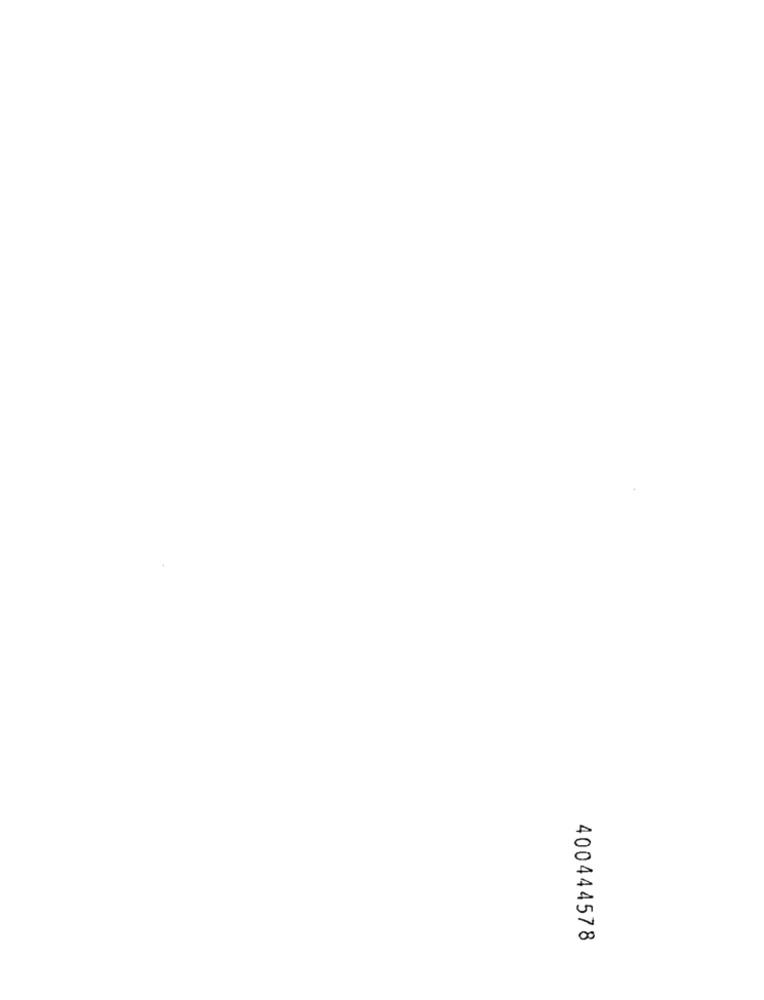
400444578